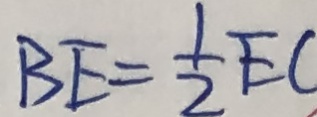
B E = \frac { 1 } { 2 } E C